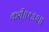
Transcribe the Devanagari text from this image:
करी॥१३२॥